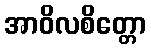
အာဝိလစိတ္တော